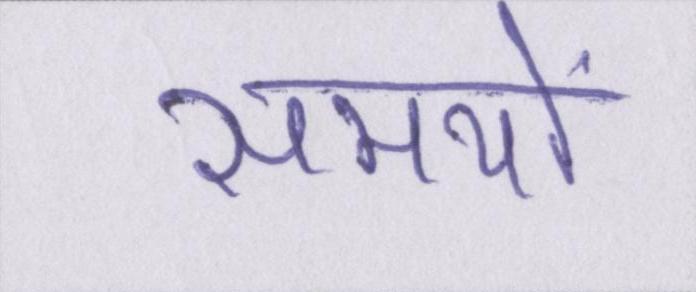
समयों